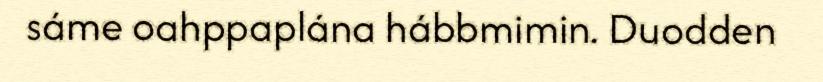
sáme oahppaplána hábbmimin. Duodden